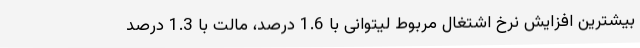
بیشترین افزایش نرخ اشتغال مربوط لیتوانی با 1.6 درصد، مالت با 1.3 درصد